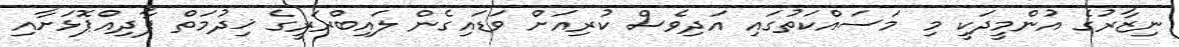
ނިޒާރުގެ އުންމީދަކީ މި މަސައްކަތުގައި އަދިވެސް ކުރިއަށް ވަޑައިގެން ލައިބްރަރީގެ ޚިދުމަތް ފާދިއްޕޮޅަށާއި